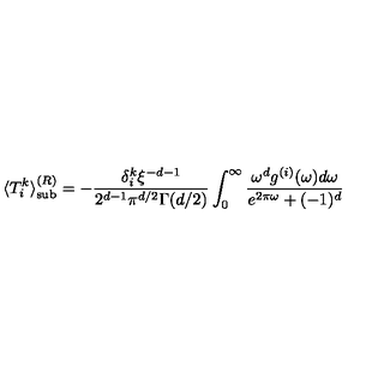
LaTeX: \langle T _ { i } ^ { k } \rangle _ { { \mathrm { s u b } } } ^ { ( R ) } = - \frac { \delta _ { i } ^ { k } \xi ^ { - d - 1 } } { 2 ^ { d - 1 } \pi ^ { d / 2 } \Gamma ( d / 2 ) } \int _ { 0 } ^ { \infty } \frac { \omega ^ { d } g ^ { ( i ) } ( \omega ) d \omega } { e ^ { 2 \pi \omega } + ( - 1 ) ^ { d } }